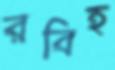
রবিহ